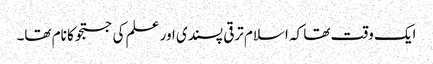
ایک وقت تھا کہ اسلام ترقی پسندی اور علم کی جستجو کا نام تھا۔